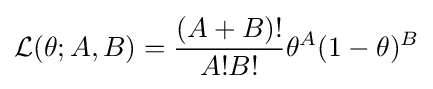
{\mathcal {L}}(\theta ;A,B)={\frac {(A+B)!}{A!B!}}\theta ^{A}(1-\theta )^{B}